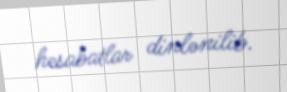
hesabatlar dinlənilib.